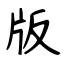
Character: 版